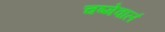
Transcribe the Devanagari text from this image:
चष्मेवालं